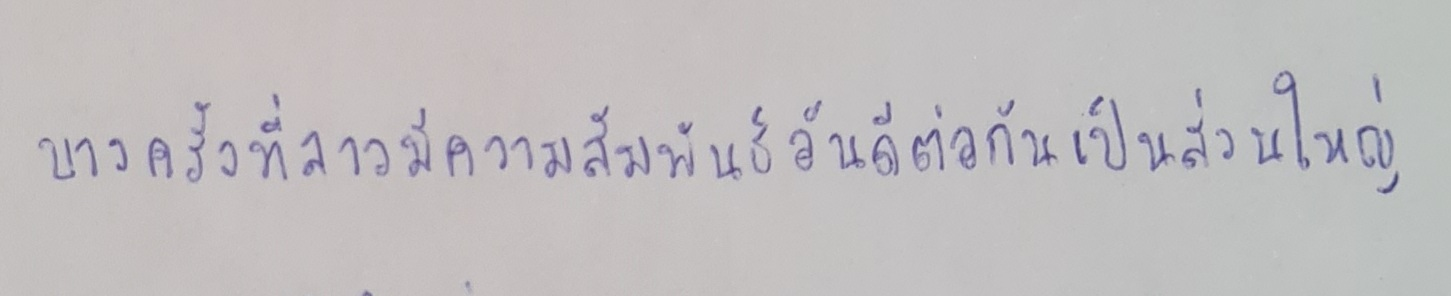
บางครั้งที่ลาวมีความสัมพันธ์อันดีต่อกันเป็นส่วนใหญ่